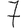
Digit: 7